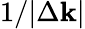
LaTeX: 1/|\Delta\textbf{k}|